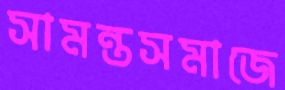
সামন্তসমাজে